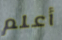
أعلم